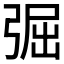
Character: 𢏷